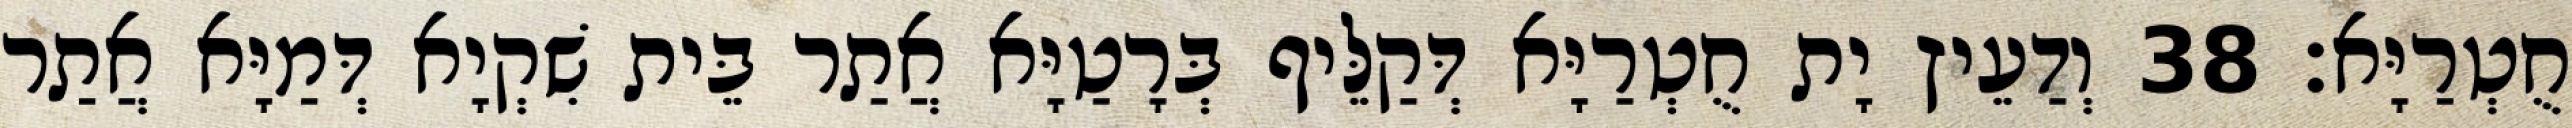
חֻטְרַיָּא׃ 38 וְדַעֵיץ יָת חֻטְרַיָּא דְּקַלֵּיף בְּרָטַיָּא אֲתַר בֵּית שִׁקְיָא דְּמַיָּא אֲתַר